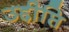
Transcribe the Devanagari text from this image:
उद्दीप्ति